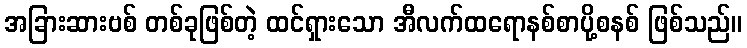
အခြားဆားဗစ် တစ်ခုဖြစ်တဲ့ ထင်ရှားသော အီလက်ထရောနစ်စာပို့စနစ် ဖြစ်သည်။